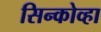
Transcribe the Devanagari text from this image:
सिन्कोव्हा